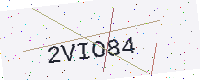
Text: 2VIO84